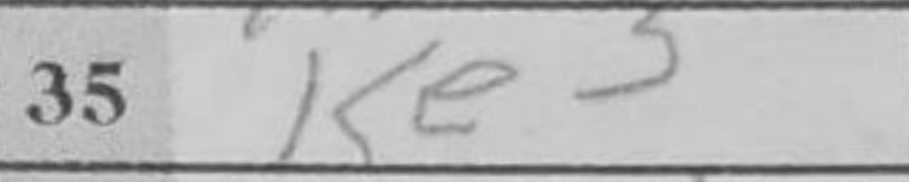
Transcription: Ke3